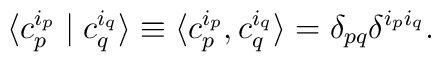
\langle c_p^{i_p}\mid c_q^{i_q}\rangle\equiv \langle c_p^{i_p},c_q^{i_q}\rangle= \delta _{pq}\delta ^{i_p i_q}.